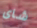
شاى